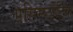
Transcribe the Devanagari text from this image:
एसिम्प्टोटिक